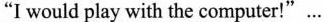
"I would play with the computer!"…